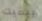
يبقيك